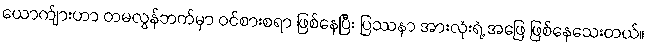
ယောက်ျားဟာ တမလွန်ဘက်မှာ ဝင်စားစရာ ဖြစ်နေပြီး ပြဿနာ အားလုံးရဲ့ အဖြေ ဖြစ်နေသေးတယ်။